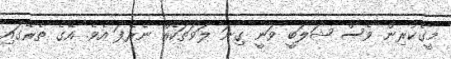
މީގެކުރިން ވެސް ޝަލަބީ ވަނީ ގިނަ ލަވަތަކެއް ނެރެފަ އެވެ. އޭގެ ތެރޭގައި